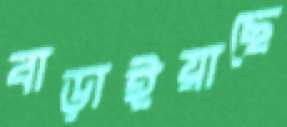
বাড়াইয়াছে